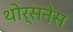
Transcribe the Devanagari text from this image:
थोर्सनेस